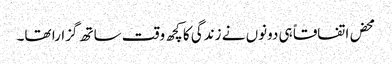
محض اتفاقاً ہی دونوں نے زندگی کا کچھ وقت ساتھ گزارا تھا۔